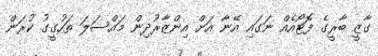
ގާޒީ ބާރީގެ ފޮޓޯއެއް ނަގައި އޭނާ އަށް އިންޒާރުދިން މައްސަލަ ތަހުގީގު ކުރަން